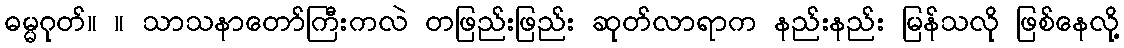
ဓမ္မဂုတ်။ ။ သာသနာတော်ကြီးကလဲ တဖြည်းဖြည်း ဆုတ်လာရာက နည်းနည်း မြန်သလို ဖြစ်နေလို့